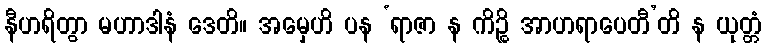
နီဟရိတွာ မဟာဒါနံ ဒေတိ။ အမှေဟိ ပန ‘ရာဇာ န ကိဉ္စိ အာဟရာပေတီ’တိ န ယုတ္တံ